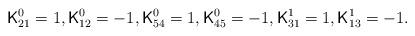
LaTeX: \begin{align*}{\sf K}^0_{21}=1,{\sf K}^0_{12}=-1, {\sf K}^0_{54}=1,{\sf K}^0_{45}=-1, {\sf K}^1_{31}=1,{\sf K}^1_{13}=-1. \end{align*}